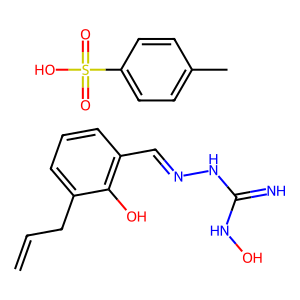
SMILES: C=CCc1cccc(C=NNC(=N)NO)c1O.Cc1ccc(S(=O)(=O)O)cc1
Inhibits HIV replication: No